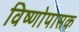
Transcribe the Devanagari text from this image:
विष्णोपासक